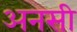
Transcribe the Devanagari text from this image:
अनसी